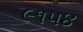
૯૧૫૪